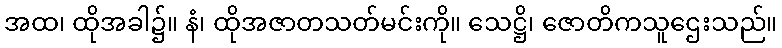
အထ၊ ထိုအခါ၌။ နံ၊ ထိုအဇာတသတ်မင်းကို။ သေဋ္ဌိ၊ ဇောတိကသူဌေးသည်။